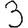
Digit: 3